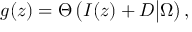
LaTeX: g ( z ) = \Theta \left( I ( z ) + { \cal D } \big | \Omega \right) ,